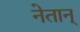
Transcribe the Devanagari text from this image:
नेतान्